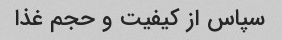
سپاس از کیفیت و حجم غذا